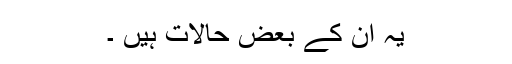
یہ ان کے بعض حالات ہیں ۔